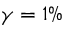
\gamma = 1 \%